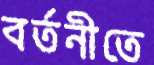
বর্তনীতে